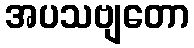
အပသဗျတော